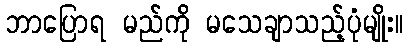
ဘာပြောရ မည်ကို မသေချာသည့်ပုံမျိုး။